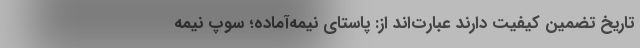
تاریخ تضمین کیفیت دارند عبارت‌اند از: پاستای نیمه‌آماده؛ سوپ نیمه